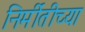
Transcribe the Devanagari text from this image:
निर्मीतीच्या